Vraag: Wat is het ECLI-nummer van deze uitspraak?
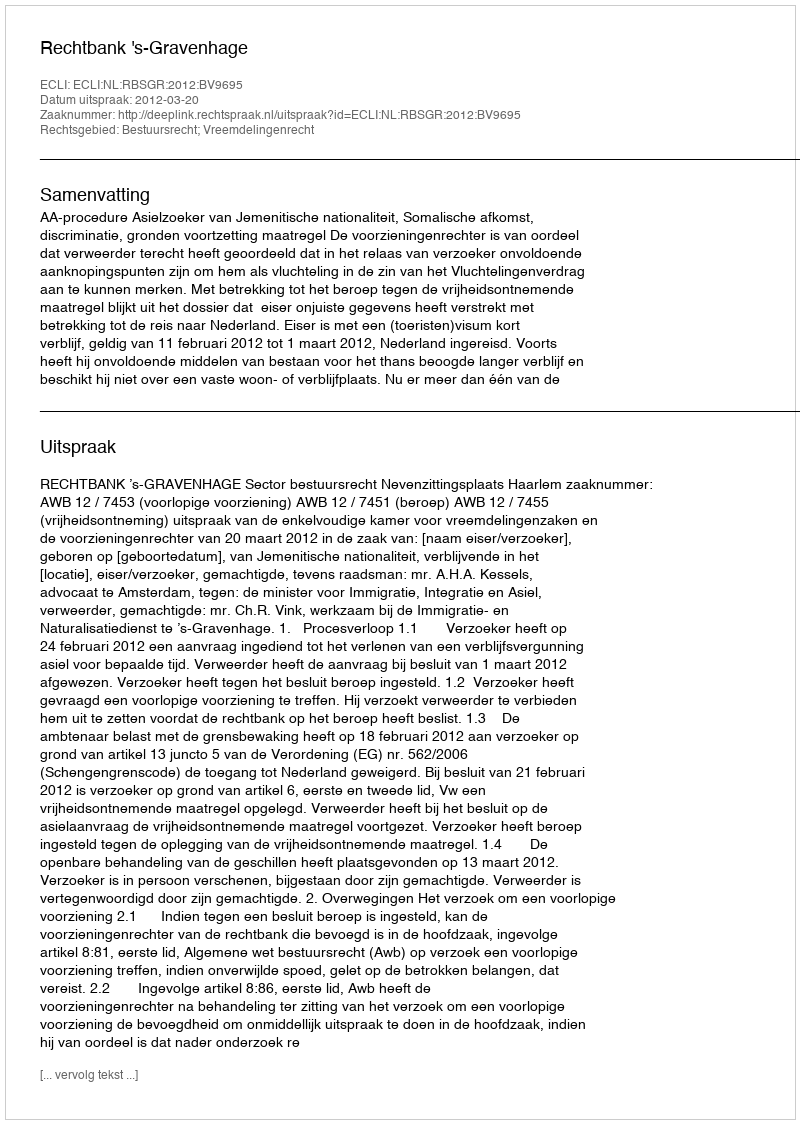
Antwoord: ECLI:NL:RBSGR:2012:BV9695